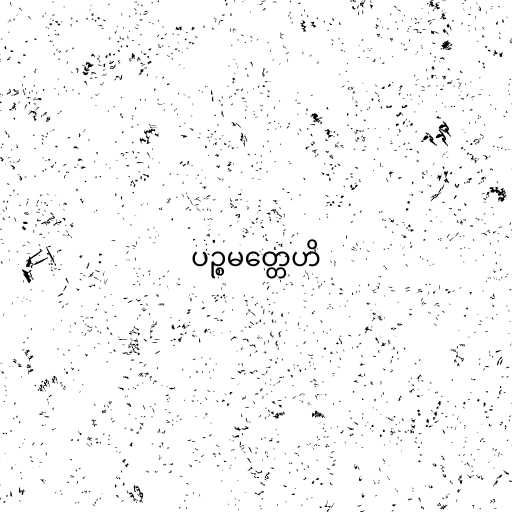
ပဉ္စမတ္တေဟိ